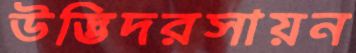
উদ্ভিদরসায়ন